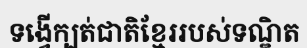
ទង្វើក្បត់ជាតិខ្មែររបស់ទណ្ឌិត